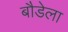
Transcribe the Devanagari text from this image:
बौडेला